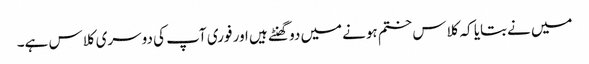
میں نےبتایا کہ کلاس ختم ہونےمیں دو گھنٹے ہیں اور فوری آپ کی دوسری کلاس ہے۔